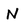
Character: N